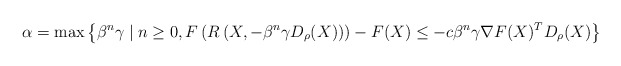
\begin{align*}\alpha = \max\left\{ \beta^n\gamma \mid n\ge0, F\left( R\left(X,-\beta^n\gamma D_\rho(X)\right) \right) - F(X) \leq -c\beta^n\gamma \nabla F(X)^TD_\rho(X) \right\}\end{align*}